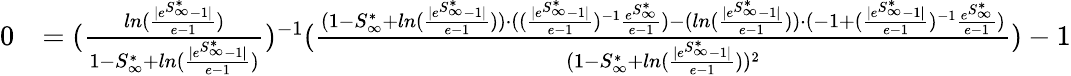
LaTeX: \begin{array}{rl}{0}&{=(\frac{ln(\frac{|e^{S_{\infty}^{*}}-1|}{e-1})}{1-S_{\infty}^{*}+ln(\frac{|e^{S_{\infty}^{*}}-1|}{e-1})})^{-1}(\frac{(1-S_{\infty}^{*}+ln(\frac{|e^{S_{\infty}^{*}}-1|}{e-1}))\cdot((\frac{|e^{S_{\infty}^{*}}-1|}{e-1})^{-1}\frac{e^{S_{\infty}^{*}}}{e-1})-(ln(\frac{|e^{S_{\infty}^{*}}-1|}{e-1}))\cdot(-1+(\frac{|e^{S_{\infty}^{*}}-1|}{e-1})^{-1}\frac{e^{S_{\infty}^{*}}}{e-1})}{(1-S_{\infty}^{*}+ln(\frac{|e^{S_{\infty}^{*}}-1|}{e-1}))^{2}})-1}\end{array}